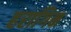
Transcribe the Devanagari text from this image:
हरागिन